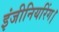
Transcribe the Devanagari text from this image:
इंजीनियरिंग।